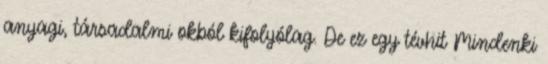
anyagi, társadalmi okból kifolyólag. De ez egy tévhit Mindenki